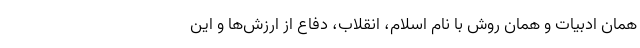
همان ادبیات و همان روش با نام اسلام، انقلاب، دفاع از ارزش‌ها و این